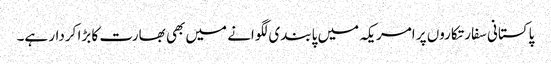
پاکستانی سفارتکاروں پر امریکہ میں پابندی لگوانے میں بھی بھارت کا بڑا کردار ہے۔